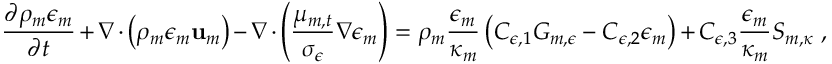
\frac { \partial \rho _ { m } \epsilon _ { m } } { \partial t } + \nabla \cdot \left( \rho _ { m } \epsilon _ { m } \mathbf { u } _ { m } \right) - \nabla \cdot \left( \frac { \mu _ { m , t } } { \sigma _ { \epsilon } } \nabla \epsilon _ { m } \right) = \rho _ { m } \frac { \epsilon _ { m } } { \kappa _ { m } } \left( C _ { \epsilon , 1 } G _ { m , \epsilon } - C _ { \epsilon , 2 } \epsilon _ { m } \right) + C _ { \epsilon , 3 } \frac { \epsilon _ { m } } { \kappa _ { m } } S _ { m , \kappa } \ ,